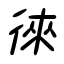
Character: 徠